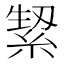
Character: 𮈛